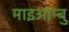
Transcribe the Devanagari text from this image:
माइआम्बु